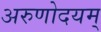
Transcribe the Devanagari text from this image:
अरुणोदयम्